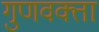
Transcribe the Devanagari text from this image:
गुणवक्ता